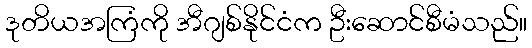
ဒုတိယအကြံကို အီဂျစ်နိုင်ငံက ဦးဆောင်စီမံသည်။